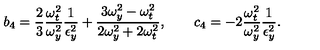
b _ { 4 } = \frac { 2 } { 3 } \frac { \omega _ { t } ^ { 2 } } { \omega _ { y } ^ { 2 } } \frac { 1 } { \epsilon _ { y } ^ { 2 } } + \frac { 3 \omega _ { y } ^ { 2 } - \omega _ { t } ^ { 2 } } { 2 \omega _ { y } ^ { 2 } + 2 \omega _ { t } ^ { 2 } } , \qquad c _ { 4 } = - 2 \frac { \omega _ { t } ^ { 2 } } { \omega _ { y } ^ { 2 } } \frac { 1 } { \epsilon _ { y } ^ { 2 } } .